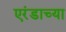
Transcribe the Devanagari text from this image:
एरंडाच्या